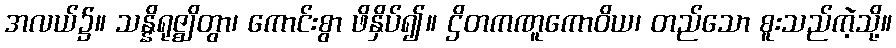
အလယ်၌။ သန္နိရုဇ္ဈိတွာ၊ ကောင်းစွာ ဖိနှိပ်၍။ ဌိတကဏူကောဝိယ၊ တည်သော စူးသည်ကဲ့သို့။